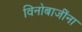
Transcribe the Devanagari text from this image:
विनोबाजींना